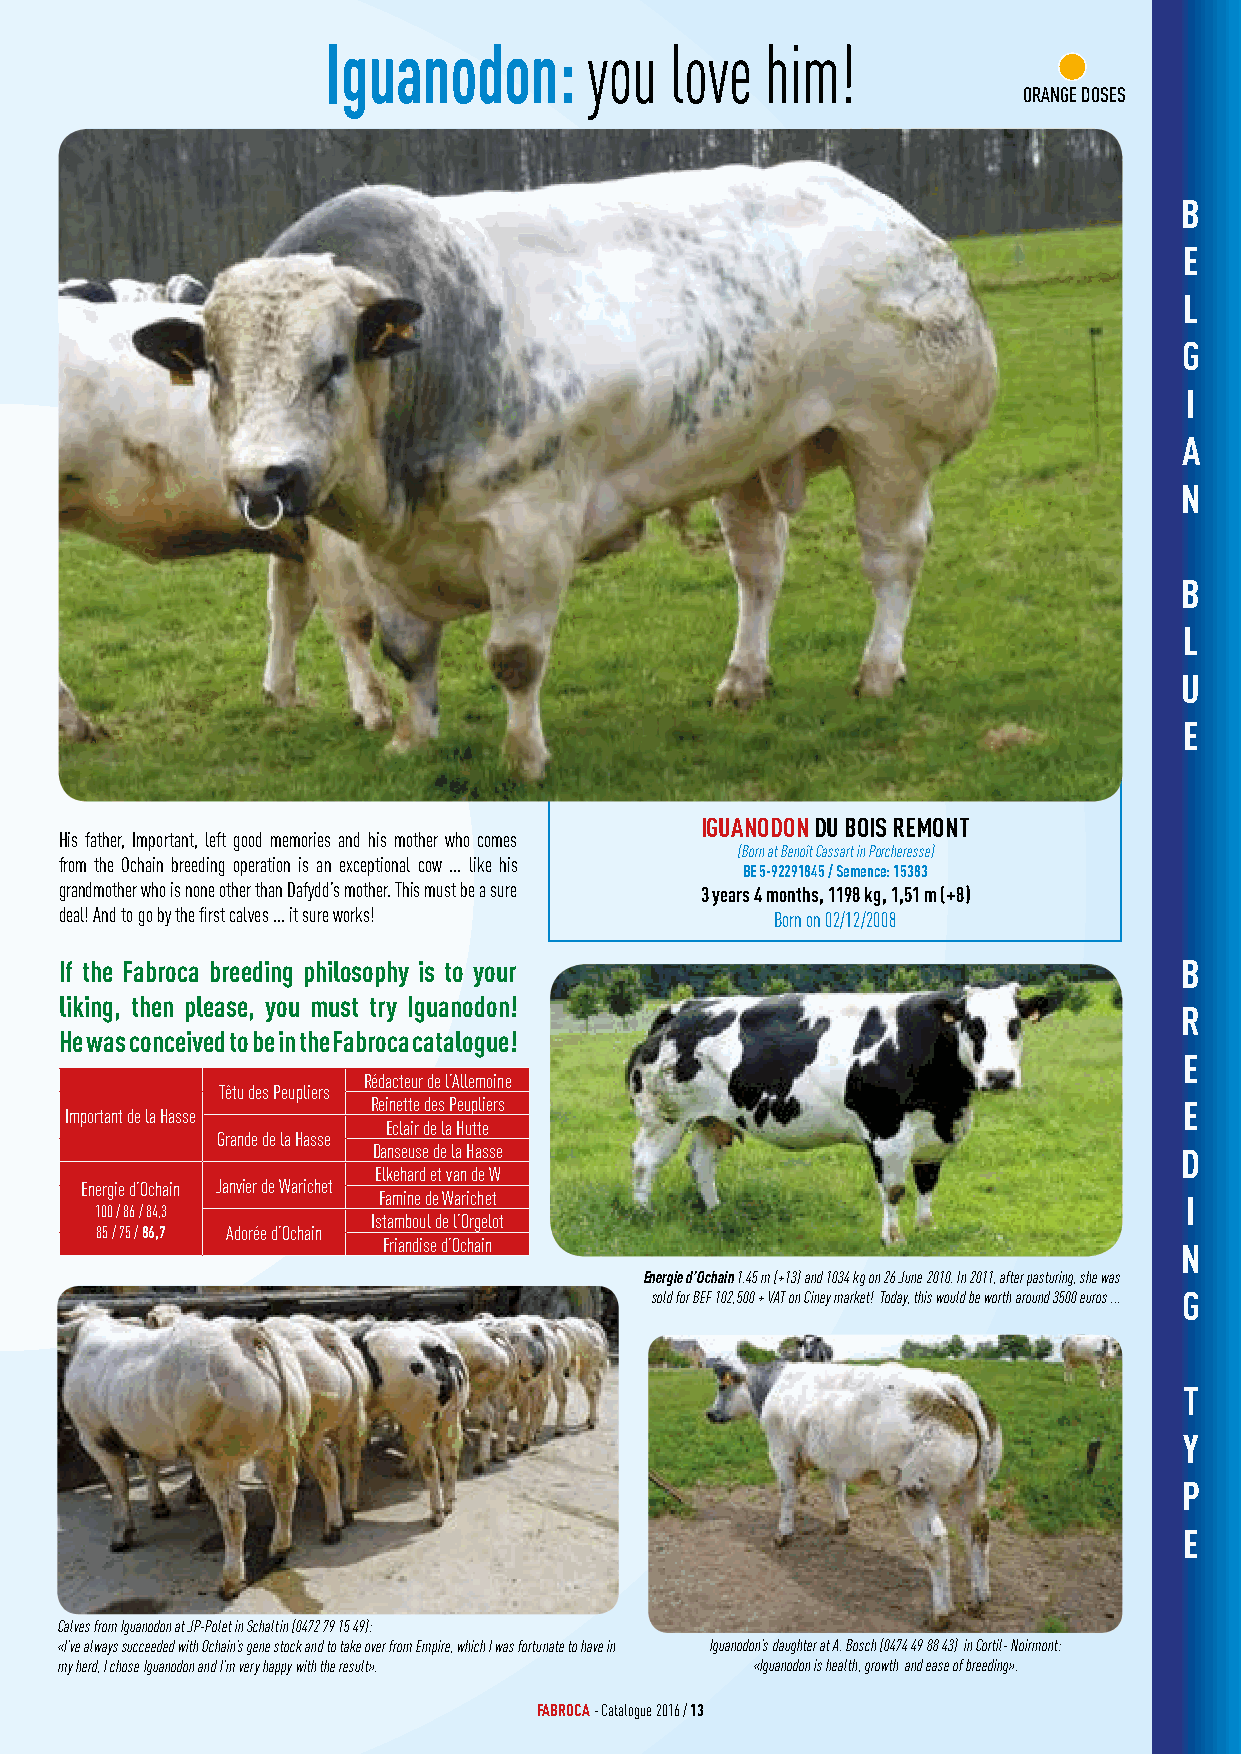
Iguanodon:       you  love   him!
 ORANGE DOSES
 B
 E
 L
 G
 I
 A
 N
 B
 L
 U
 E
 IGUANODON DU BOIS REMONT
 His father, Important, left good memories and his mother who comes
 (Born at Benoît Cassart in Porcheresse)
 from the Ochain breeding operation is an exceptional cow ... like his
 BE 5-92291845 / Semence: 15383
 grandmother who is none other than Dafydd’s mother. This must be a sure 3 years 4 months, 1198 kg, 1,51 m (+8)
 deal! And to go by the first calves ... it sure works! Born on 02/12/2008
 If the Fabroca breeding philosophy is to your                             B
 liking, then please, you must try Iguanodon!
 R
 He was conceived to be in the Fabroca catalogue!
 E
 Rédacteur de l’Allemoine
 Têtu des Peupliers
 Reinette des Peupliers                               E
 Important de la Hasse
 Eclair de la Hutte
 Grande de la Hasse
 Danseuse de la Hasse                                 D
 Elkehard et van de W
 Energie d’Ochain Janvier de Warichet
 Famine de Warichet                                   I
 100 / 86 / 84,3
 Istamboul de l’Orgelot
 85 / 75 / 86,7 Adorée d’Ochain
 Friandise d’Ochain                                   N
 Energie d’Ochain 1.45 m (+13) and 1034 kg on 26 June 2010. In 2011, after pasturing, she was
 sold for BEF 102,500 + VAT on Ciney market! Today, this would be worth around 3500 euros ... G
 T
 Y
 P
 E
 Calves from Iguanodon at JP-Polet in Schaltin (0472 79 15 49):
 «I’ve always succeeded with Ochain’s gene stock and to take over from Empire, which I was fortunate to have in Iguanodon’s daughter at A. Bosch (0474 49 88 43) in Cortil- Noirmont:
 my herd, I chose Iguanodon and I’m very happy with the result». «Iguanodon is health, growth and ease of breeding».
 FABROCA - Catalogue 2016 / 13